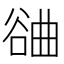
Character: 𣍂